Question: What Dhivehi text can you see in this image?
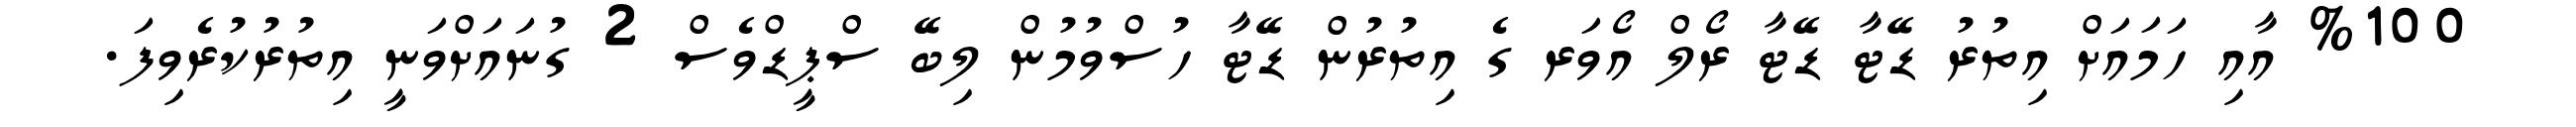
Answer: %100 އާއި ހަމައަށް އިތުރު ޑޭޓާ ޑޭޓާ ރޯލް އޯވަރ ގެ އިތުރުން ޑޭޓާ ހުސްވުމުން ލިބޭ ސްޕީޑްވެސް 2 ގުނައަށްވަނީ އިތުރުކުރެވިފަ.